Insane asylums Bombay 1873-77 - 1873-1877
Year: 1873
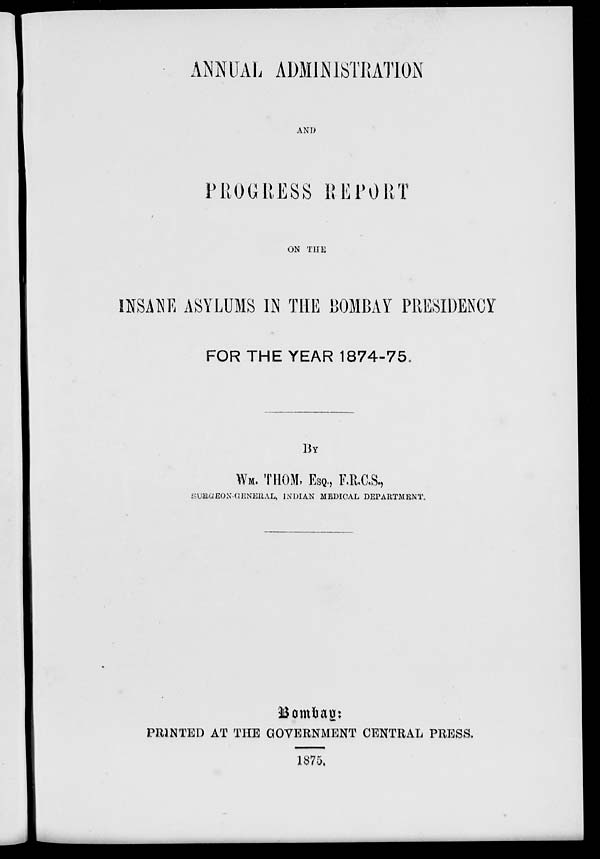
ANNUAL ADMINISTRATION
AND
PROGRESS REPORT
ON THE
INSANE ASYLUMS IN THE BOMBAY PRESIDENCY
FOR THE YEAR 1874-75.
BY
WM. THOM, ESQ., F.R.C.S.,
SURGEON-GENERAL, INDIAN MEDICAL DEPARTMENT.
Bombay:
PRINTED AT THE GOVERNMENT CENTRAL PRESS.
1875.